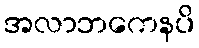
အလာဘကေနပိ